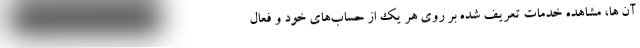
آن ها، مشاهده خدمات تعریف شده بر روی هر یک از حساب‌های خود و فعال